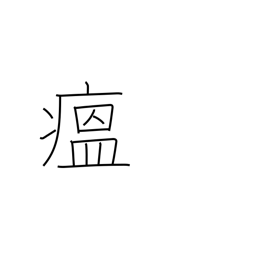
Meaning: contagious disease